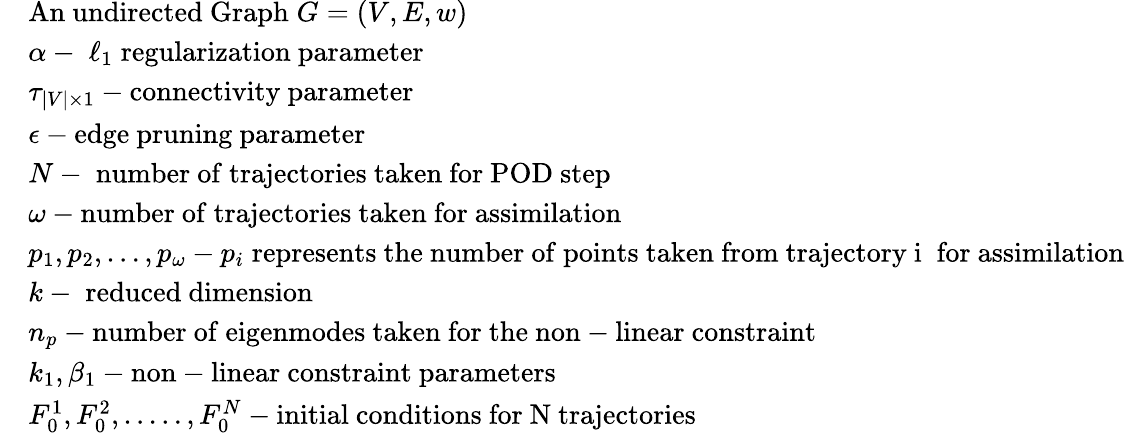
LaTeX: \begin{array}{rl}&{\mathrm{An~undirected~Graph\; }G=(V,E,w)}\\ &{\alpha-\; \ell_{1}\; \mathrm{regularization~parameter}}\\ &{\tau_{\vert V\vert\times 1}-\mathrm{connectivity~parameter}}\\ &{\epsilon-\mathrm{edge~pruning~parameter}}\\ &{N-\mathrm{\; number~of~trajectories~taken~for~POD~step}}\\ &{\omega-\mathrm{number~of~trajectories~taken~for~assimilation}}\\ &{p_{1},p_{2},\dotsc,p_{\omega}-p_{i}\mathrm{\; represents~the~number~of~points~taken~from~trajectory~i~\; }\mathrm{for~assimilation}}\\ &{k-\mathrm{\; reduced~dimension}}\\ &{n_{p}-\mathrm{number~of~eigenmodes~taken~for~the~non-linear~constraint}}\\ &{k_{1},\beta_{1}-\mathrm{non-linear~constraint~parameters}}\\ &{F_{0}^{1},F_{0}^{2},.....,F_{0}^{N}-\mathrm{initial~conditions~for~N~trajectories}}\end{array}